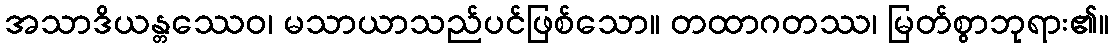
အသာဒိယန္တဿေဝ၊ မသာယာသည်ပင်ဖြစ်သော။ တထာဂတဿ၊ မြတ်စွာဘုရား၏။